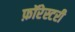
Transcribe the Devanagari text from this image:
फ़ॉरेस्टरी